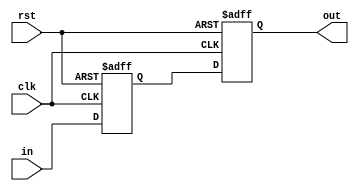
/* -----------------------------------------------------------------------------
MIT License

Copyright (c) 2023 Drexel Distributed, Intelligent, and Scalable COmputing (DISCO) Lab

Permission is hereby granted, free of charge, to any person obtaining a copy
of this software and associated documentation files (the "Software"), to deal
in the Software without restriction, including without limitation the rights
to use, copy, modify, merge, publish, distribute, sublicense, and/or sell
copies of the Software, and to permit persons to whom the Software is
furnished to do so, subject to the following conditions:

The above copyright notice and this permission notice shall be included in all
copies or substantial portions of the Software.

THE SOFTWARE IS PROVIDED "AS IS", WITHOUT WARRANTY OF ANY KIND, EXPRESS OR
IMPLIED, INCLUDING BUT NOT LIMITED TO THE WARRANTIES OF MERCHANTABILITY,
FITNESS FOR A PARTICULAR PURPOSE AND NONINFRINGEMENT. IN NO EVENT SHALL THE
AUTHORS OR COPYRIGHT HOLDERS BE LIABLE FOR ANY CLAIM, DAMAGES OR OTHER
LIABILITY, WHETHER IN AN ACTION OF CONTRACT, TORT OR OTHERWISE, ARISING FROM,
OUT OF OR IN CONNECTION WITH THE SOFTWARE OR THE USE OR OTHER DEALINGS IN THE
SOFTWARE.
// Desc     	: This is an implementation of cross domain data synchronizer.
// 		          This implements double flip-flop synchronization.
// -----------------------------------------------------------------------------*/
`timescale 1ns / 1ps

module synchronizer #(
	//Parameterized values
	parameter N = 8
	)(
	input rst,
	input clk,
	input  [N-1:0]	in,	//input
	output [N-1:0] 	out	//output
	);

	reg [N-1:0] in_q1, in_q2;

	always @(posedge clk or posedge rst) begin
		if (rst) begin
			in_q1 	<= 0;
			in_q2	<= 0;
		end
		else begin
			in_q1	<= in;
			in_q2	<= in_q1;
		end
	end

	assign out = in_q2;

endmodule